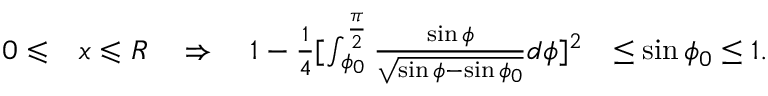
\begin{array} { r l r } { 0 \leqslant } & { { } x \leqslant R \quad \Rightarrow \quad 1 - \frac { 1 } { 4 } [ \int _ { \phi _ { 0 } } ^ { \frac { \pi } { 2 } } \frac { \sin \phi } { \sqrt { \sin \phi - \sin \phi _ { 0 } } } d \phi ] ^ { 2 } } & { \leq \sin \phi _ { 0 } \leq 1 . } \end{array}